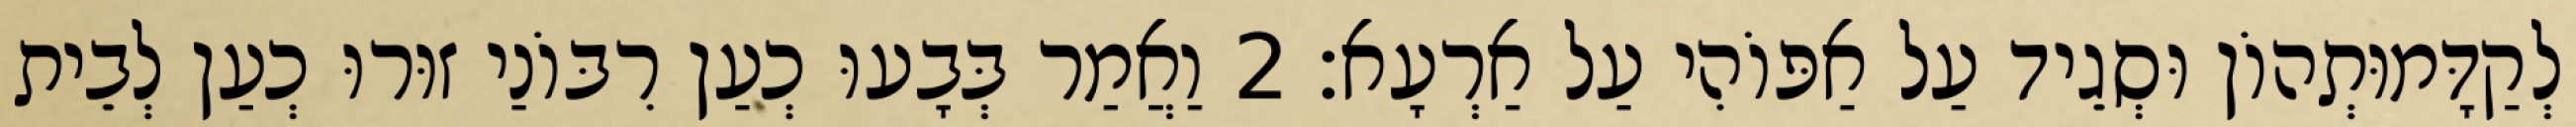
לְקַדָּמוּתְהוֹן וּסְגֵיד עַל אַפּוֹהִי עַל אַרְעָא׃ 2 וַאֲמַר בְּבָעוּ כְעַן רִבּוֹנַי זוּרוּ כְעַן לְבֵית